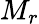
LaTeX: M_{r}